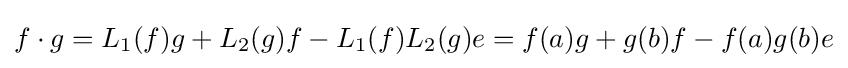
f\cdot g=L_{1}(f)g+L_{2}(g)f-L_{1}(f)L_{2}(g)e=f(a)g+g(b)f-f(a)g(b)e